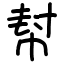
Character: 幇